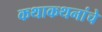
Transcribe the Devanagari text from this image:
कथाकथनांचे